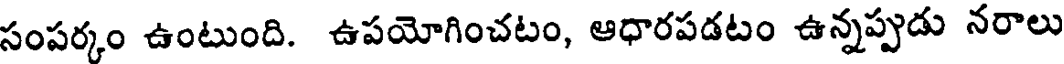
సంపర్కం ఉంటుంది. ఉపయోగించటం, ఆధారపడటం ఉన్నప్పడు నరాలు